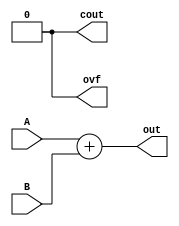

module add32(
    input  [31:0] A,B,
    output [31:0] out,
    output cout,
    output ovf
    );
    assign out = A+B;
    assign cout = 0;
    assign ovf = 0;
endmodule

module sub32(
    input [31:0] A,B,
    output [31:0] out,
    output cout,
    output ovf
    );
    assign out = A-B;
    assign cout = 0;
    assign ovf = 0;
endmodule

module and32(
    input [31:0] A,B,
    output [31:0] out
    );
    assign out = (A&B);
endmodule

module or32(
    input [31:0] A,B,
    output [31:0] out
    );
    assign out = (A|B);
endmodule

module xor32(
    input signed [31:0] A,B,
    output [31:0] out
    );
    assign out = (A^B);
endmodule

module seq32(
    input [31:0] A,B,
    output [31:0]out
    );
    assign out = (A==B);
endmodule

module sle32(
    input [31:0] A,B,
    output [31:0]out
    );
    assign out = (A<=B);
endmodule

module sge32(
    input [31:0] A,B,
    output [31:0]out
    );
    assign out = (A>=B);
endmodule

module sne32(
    input [31:0] A,B,
    output [31:0]out
    );
    assign out = (A!=B);
endmodule

module slt32(
    input signed [31:0] A,B,
    output [31:0]out
    );
    assign out = (A<B);
endmodule

module sgt32(
    input signed [31:0] A,B,
    output [31:0]out
    );
    assign out = (A>B);
endmodule

module sll32(
    input [31:0] A,B,
    output [31:0] out
    );
    assign out = (A<<B);
endmodule

module srl32(
    input [31:0] A,B,
    output [31:0] out
    );
    assign out = (A>>B);
endmodule

module sra32(
    input signed [31:0] A,B,
    output [31:0] out
    );
    assign out = ($signed(A)>>>B);
endmodule